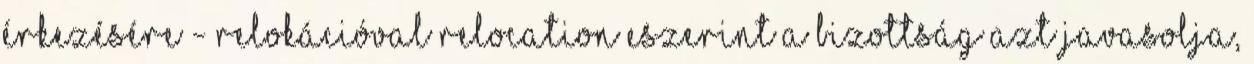
érkezésére - relokációval relocation Eszerint a Bizottság azt javasolja,